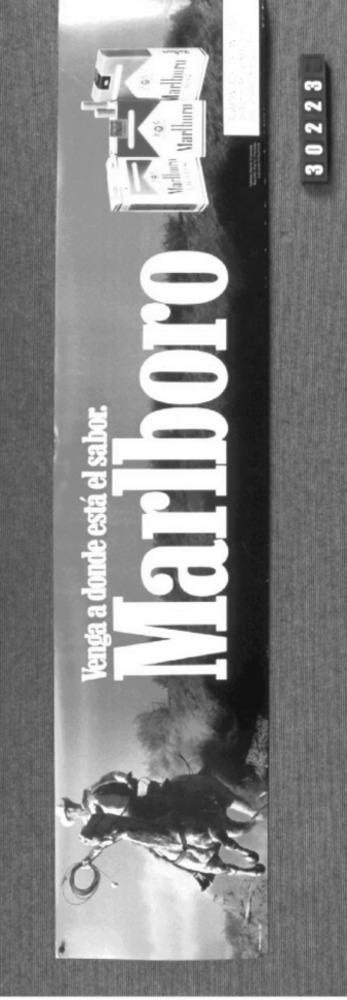
30223
Marlboro Le
Venga a donde está el sabor.